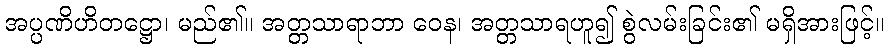
အပ္ပဏိဟိတဋ္ဌော၊ မည်၏။ အတ္တသာရာဘာ ဝေန၊ အတ္တသာရဟူ၍ စွဲလမ်းခြင်း၏ မရှိအားဖြင့်။